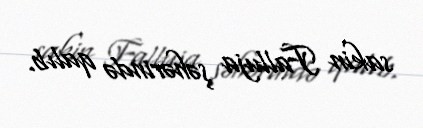
sakin Falluja şəhərində qalıb.